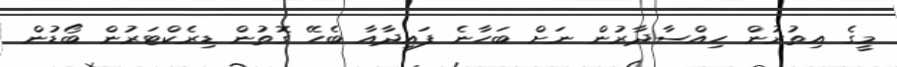
މީގެ އިތުރުން ހިއްސާދާރުން ނަށް ބަހާނެ ފައިދާއާ ބެހޭ ގޮތުން ޑިރެކްޓަރުން ބޯޑުން